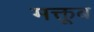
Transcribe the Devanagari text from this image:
मक्तूब